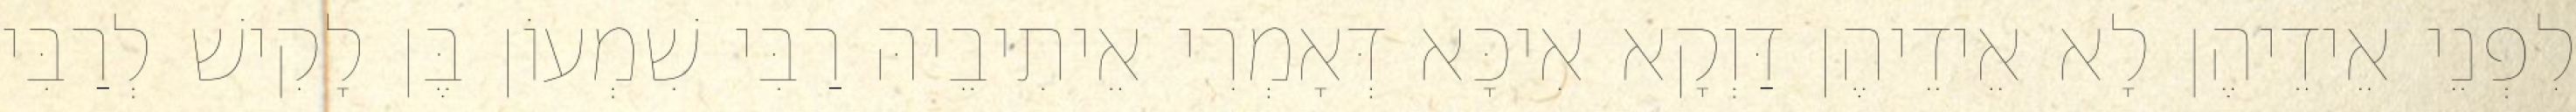
לִפְנֵי אֵידֵיהֶן לָא אֵידֵיהֶן דַּוְקָא אִיכָּא דְּאָמְרִי אֵיתִיבֵיהּ רַבִּי שִׁמְעוֹן בֶּן לָקִישׁ לְרַבִּי